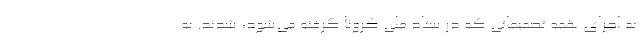
به اجرای همه تصمیماتی که در ستاد ملی کرونا گرفته می‌شود، شدند. به